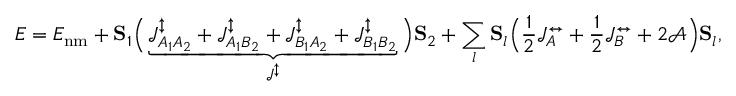
E = E _ { \mathrm { n m } } + { \bf S } _ { 1 } \Big ( \underbrace { \mathcal { J } _ { A _ { 1 } A _ { 2 } } ^ { \updownarrow } + \mathcal { J } _ { A _ { 1 } B _ { 2 } } ^ { \updownarrow } + \mathcal { J } _ { B _ { 1 } A _ { 2 } } ^ { \updownarrow } + \mathcal { J } _ { B _ { 1 } B _ { 2 } } ^ { \updownarrow } } _ { \mathcal { J } ^ { \updownarrow } } \Big ) { \bf S } _ { 2 } + \sum _ { l } { \bf S } _ { l } \Big ( \frac { 1 } { 2 } \mathcal { J } _ { A } ^ { \leftrightarrow } + \frac { 1 } { 2 } \mathcal { J } _ { B } ^ { \leftrightarrow } + 2 \mathcal { A } \Big ) { \bf S } _ { l } ,